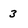
Character: 3